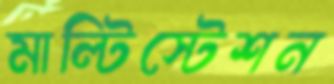
মাল্টিস্টেশন